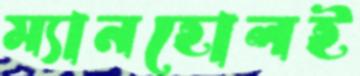
ম্যানহোলই